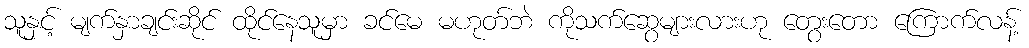
သူနှင့် မျက်နှာချင်းဆိုင် ထိုင်နေသူမှာ ခင်မေ မဟုတ်ဘဲ ကိုသက်ဆွေများလားဟု တွေးတော ကြောက်လန့်